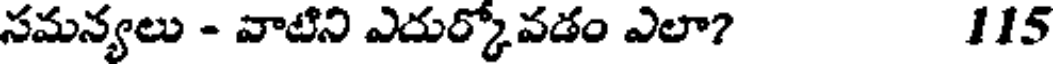
సమన్యలు - వాటిని ఎదుర్కోవడం ఎలా? 115